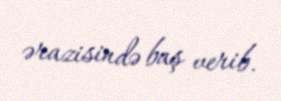
ərazisində baş verib.